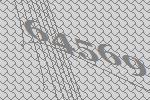
64569